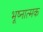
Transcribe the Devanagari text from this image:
भूष्नात्मक